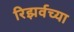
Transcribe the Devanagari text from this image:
रिझर्वच्या